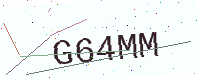
Text: G64MM